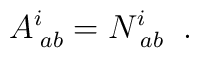
A^i_{\;ab} = N^i_{\;ab} \;\; .